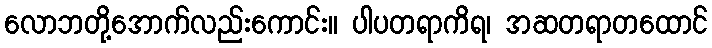
လောဘတို့အောက်လည်းကောင်း။ ပါပတရာကိရ၊ အဆတရာတထောင်